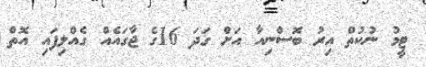
ޓީމު ނުކުތް އިރު ބޮސްނިއާ އަށް ގަދަ 16ގެ ޖާގައެއް ގެއްލިފައި އޮތް